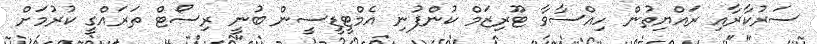
ސަރުކާރާއި ރައްޔިތުން ހިއްސާވާ ޓޫރިޒަމް ކުންފުނި އެމްޓީޑީސީން ބުނީ ރިސޯޓް ތަރައްގީ ކުރުމަށް